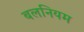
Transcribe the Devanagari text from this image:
बलनियम